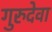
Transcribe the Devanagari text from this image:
गुरुदेवा